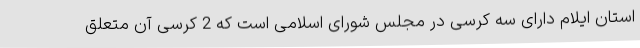
استان ایلام دارای سه کرسی در مجلس شورای اسلامی است که 2 کرسی آن متعلق